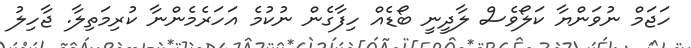
ހަޖަމް ނުވަންޔާ ކަލޯވެސް ލާދީނީ ބޯޑެއް ހިފާގެން ނުކުމެ އަހަރެމެންނާ ކުރިމަތިލާ. ޖާހިލު